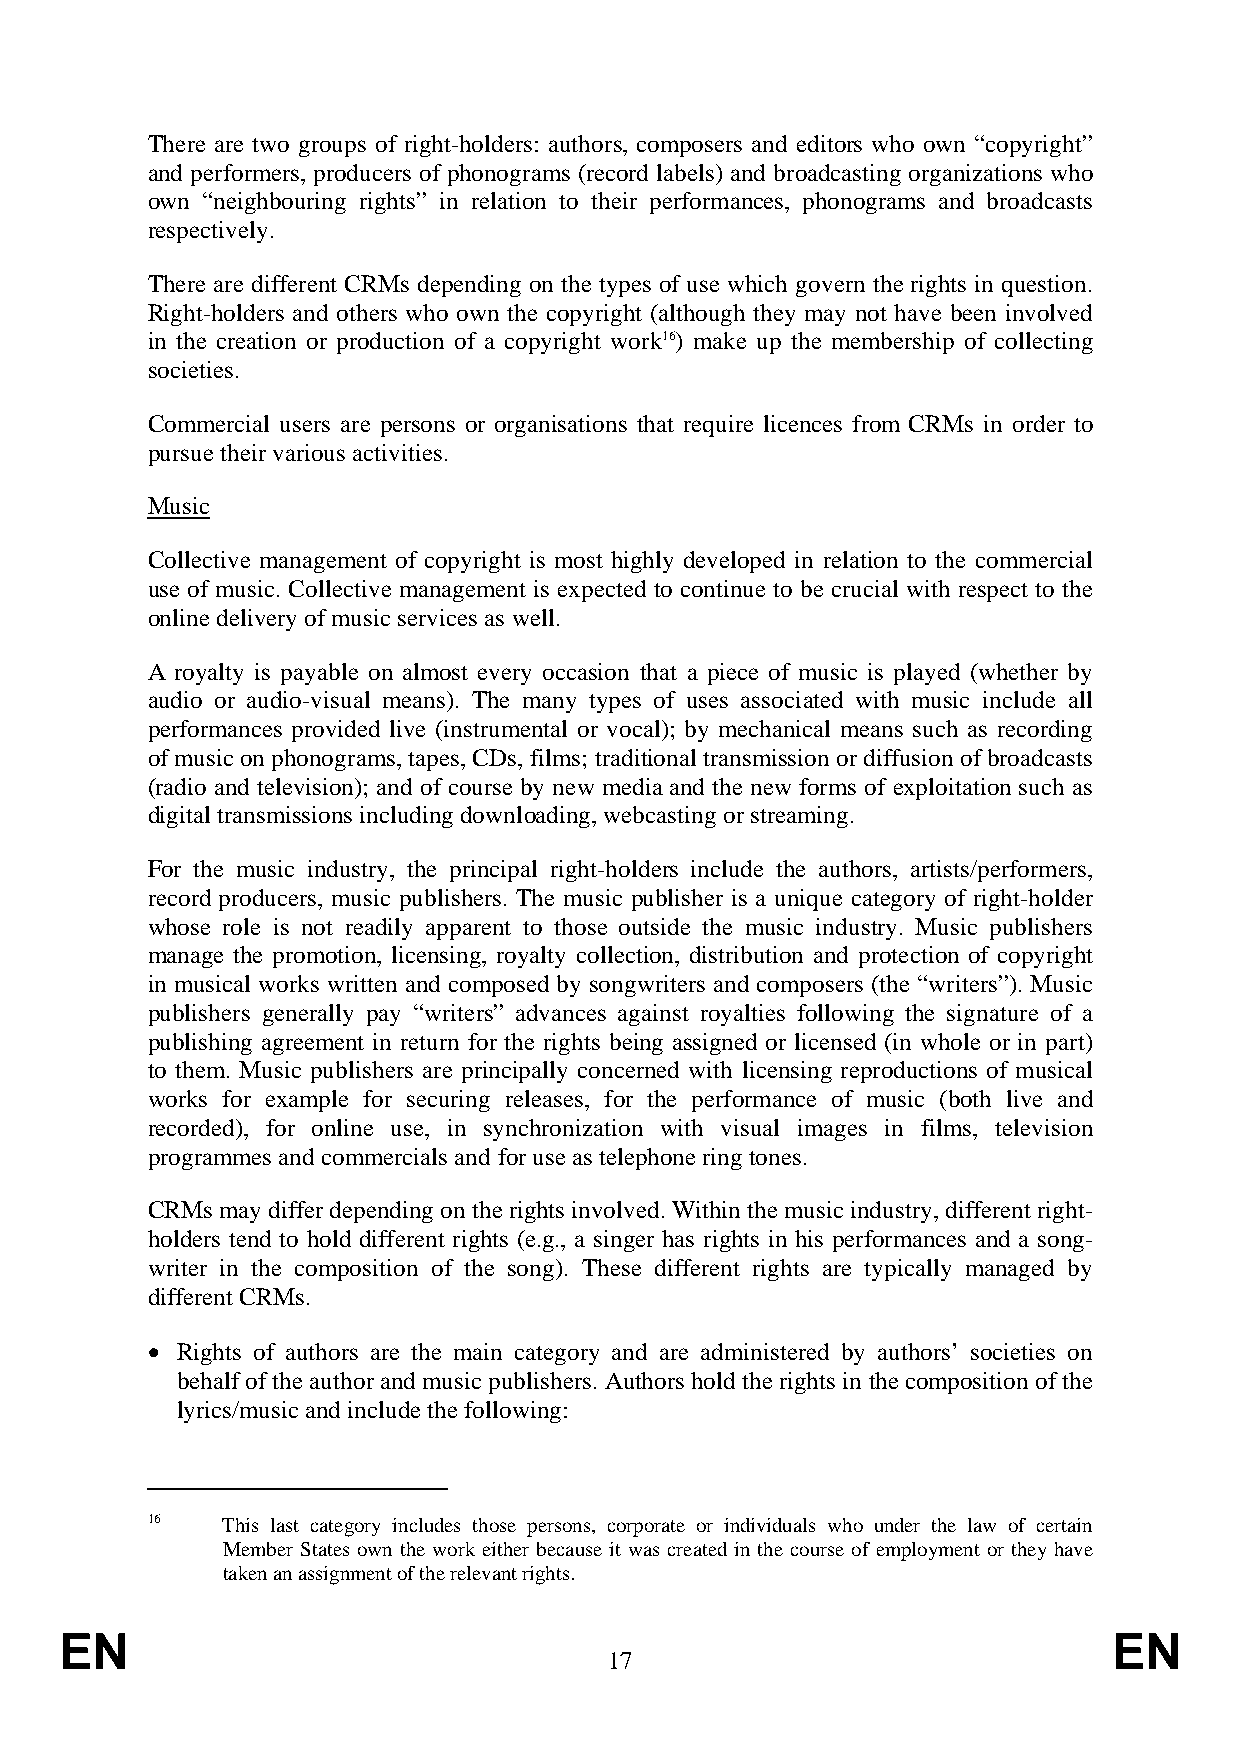
There are two groups of right-holders: authors, composers and editors who own “copyright”
 and performers, producers of phonograms (record labels) and broadcasting organizations who
 own “neighbouring rights” in relation to their performances, phonograms and broadcasts
 respectively.
 There are different CRMs depending on the types of use which govern the rights in question.
 Right-holders and others who own the copyright (although they may not have been involved
 in the creation or production of a copyright work16) make up the membership of collecting
 societies.
 Commercial users are persons or organisations that require licences from CRMs in order to
 pursue their various activities.
 Music
 Collective management of copyright is most highly developed in relation to the commercial
 use of music. Collective management is expected to continue to be crucial with respect to the
 online delivery of music services as well.
 A royalty is payable on almost every occasion that a piece of music is played (whether by
 audio or audio-visual means). The many types of uses associated with music include all
 performances provided live (instrumental or vocal); by mechanical means such as recording
 of music on phonograms, tapes, CDs, films; traditional transmission or diffusion of broadcasts
 (radio and television); and of course by new media and the new forms of exploitation such as
 digital transmissions including downloading, webcasting or streaming.
 For the music industry, the principal right-holders include the authors, artists/performers,
 record producers, music publishers. The music publisher is a unique category of right-holder
 whose role is not readily apparent to those outside the music industry. Music publishers
 manage the promotion, licensing, royalty collection, distribution and protection of copyright
 in musical works written and composed by songwriters and composers (the “writers”). Music
 publishers generally pay “writers” advances against royalties following the signature of a
 publishing agreement in return for the rights being assigned or licensed (in whole or in part)
 to them. Music publishers are principally concerned with licensing reproductions of musical
 works for example for securing releases, for the performance of music (both live and
 recorded), for online use, in synchronization with visual images in films, television
 programmes and commercials and for use as telephone ring tones.
 CRMs may differ depending on the rights involved. Within the music industry, different right-
 holders tend to hold different rights (e.g., a singer has rights in his performances and a song-
 writer in the composition of the song). These different rights are typically managed by
 different CRMs.
 • Rights of authors are the main category and are administered by authors’ societies on
 behalf of the author and music publishers. Authors hold the rights in the composition of the
 lyrics/music and include the following:
 16   This last category includes those persons, corporate or individuals who under the law of certain
 Member States own the work either because it was created in the course of employment or they have
 taken an assignment of the relevant rights.
 EN                                                                    EN
 17